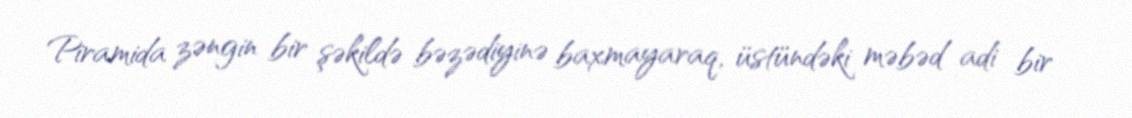
Piramida zəngin bir şəkildə bəzədiyinə baxmayaraq, üstündəki məbəd adi bir